Senior Leaving Certificate Examination (including Day School Certificate (Higher) General paper), 1946
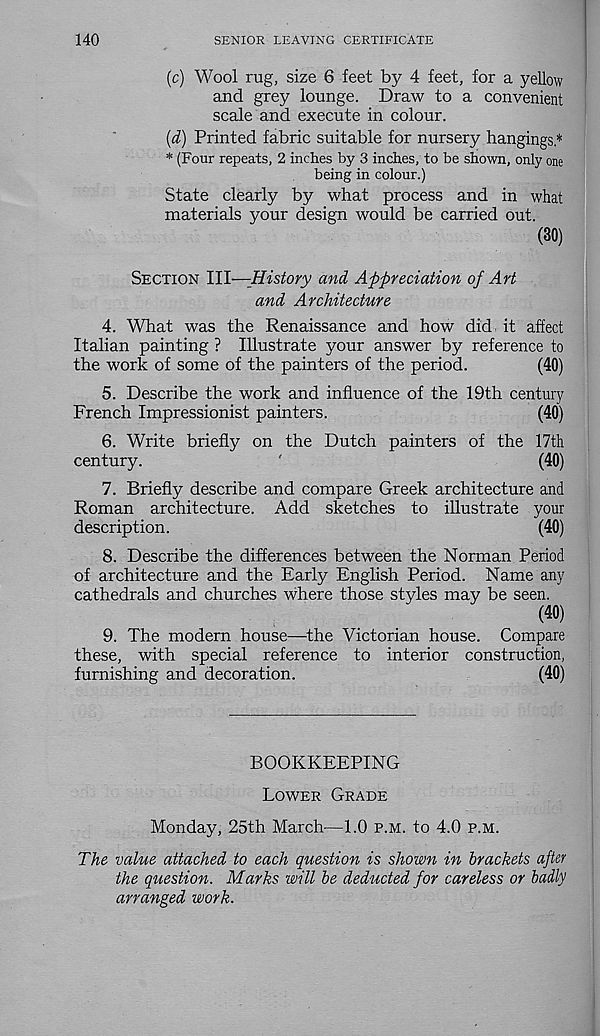
140
SENIOR LEAVING CERTIFICATE
(c) Wool rug, size 6 feet by 4 feet, for a yellow
and grey lounge. Draw to a convenient
scale and execute in colour.
(d) Printed fabric suitable for nursery hangings*
* (Four repeats, 2 inches by 3 inches, to be shovra, only one
being in colour.)
State clearly by what process and in what
materials your design would be carried out.
(30)
Section III—History and Appreciation of Art
and Architecture
4. What was the Renaissance and how did it affect
Italian painting ? Illustrate your answer by reference to
the work of some of the painters of the period.
(40)
5. Describe the work and influence of the 19th century
French Impressionist painters.
(40)
6. Write briefly on the Dutch painters of the 17th
century.
'
(40)
7. Briefly describe and compare Greek architecture and
Roman architecture. Add sketches to illustrate your
description.
(40)
8. Describe the differences between the Norman Period
of architecture and the Early English Period. Name any
cathedrals and churches where those styles may be seen.
(40)
9. The modern house—the Victorian house. Compare
these, with special reference to interior construction,
furnishing and decoration.
(40)
BOOKKEEPING
Lower Grade
Monday, 25th March—1.0 p.m. to 4.0 p.m.
The value attached to each question is shown in brackets after
the question. Marks will be deducted for careless or badly
arranged work.